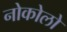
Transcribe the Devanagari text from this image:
नोकोलो